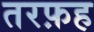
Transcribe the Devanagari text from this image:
तरफ़ह